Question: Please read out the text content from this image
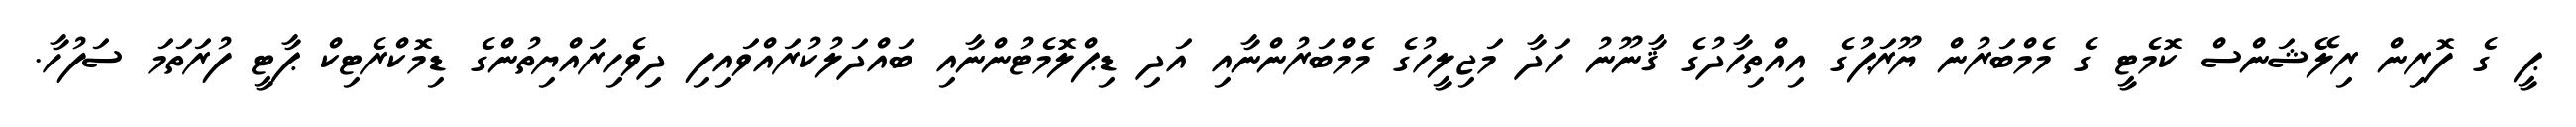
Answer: ޕީ ގެ ފޮރިން ރިލޭޝަންސް ކޮމެޓީ ގެ މެމްބަރުން ޔޫރަޕުގެ އިއްތިހާދުގެ ޤާނޫނު ހަދާ މަޖިލީހުގެ މެމްބަރުންނާއި އަދި ޑިޕްލޮމެޓުންނާއި ބައްދަލުކުރައްވައިފި ދިވެހިރައްޔިތުންގެ ޑިމޮކްރެޓިކް ޕާޓީ ފުރަތަމަ ސަފުހާ.